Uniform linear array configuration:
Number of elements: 8
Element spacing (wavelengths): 0.5
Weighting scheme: binomial
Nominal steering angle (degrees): -15
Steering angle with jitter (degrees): -16.013
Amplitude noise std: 0.05
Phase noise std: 0.05

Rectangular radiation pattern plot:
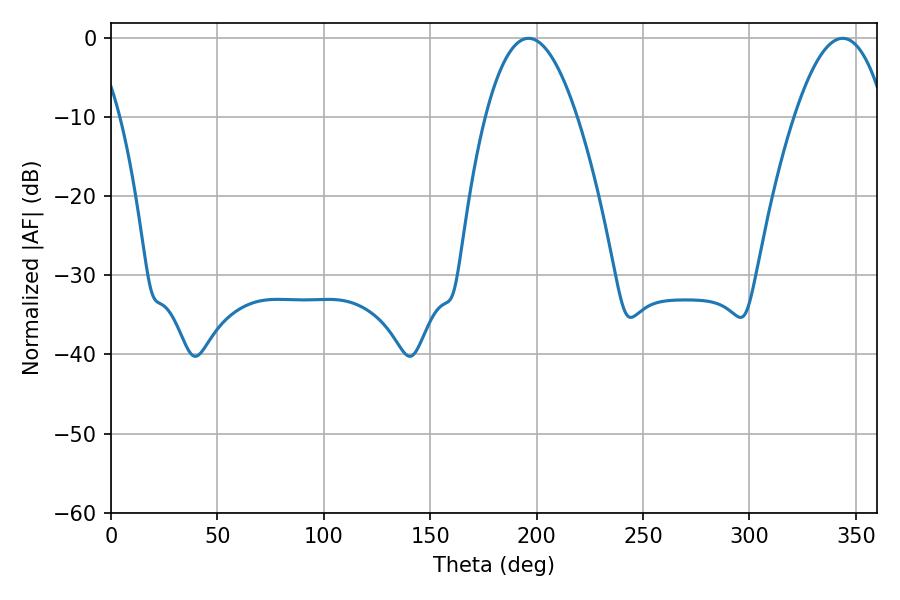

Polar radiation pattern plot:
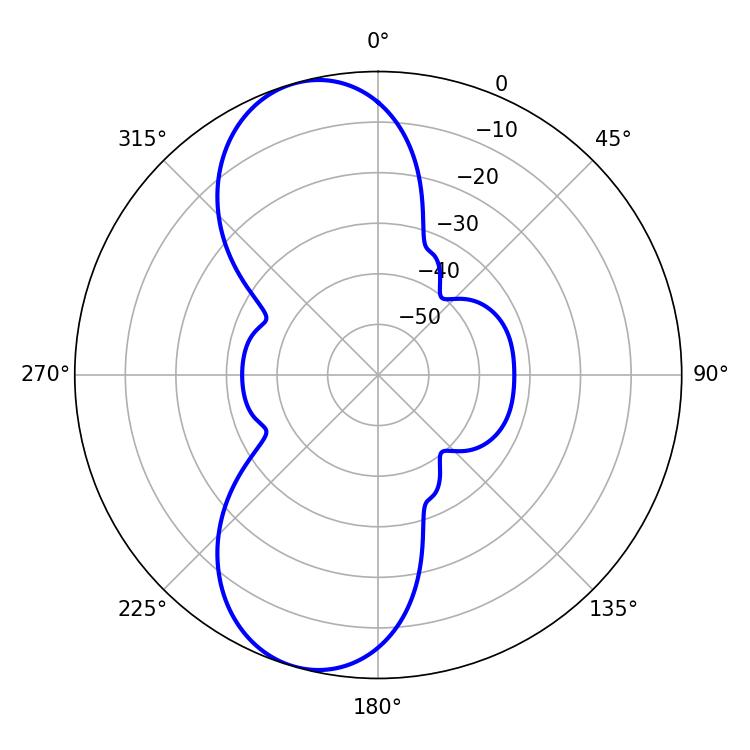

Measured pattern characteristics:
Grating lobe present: FALSE
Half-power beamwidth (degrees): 23.76
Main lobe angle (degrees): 196.2